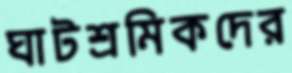
ঘাটশ্রমিকদের